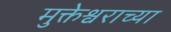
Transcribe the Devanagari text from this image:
मुक्तेश्वराच्या